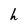
Character: h